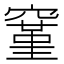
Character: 𬔐